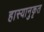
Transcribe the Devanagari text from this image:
हास्यानुकृत